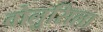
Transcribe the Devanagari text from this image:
वोलुसिला